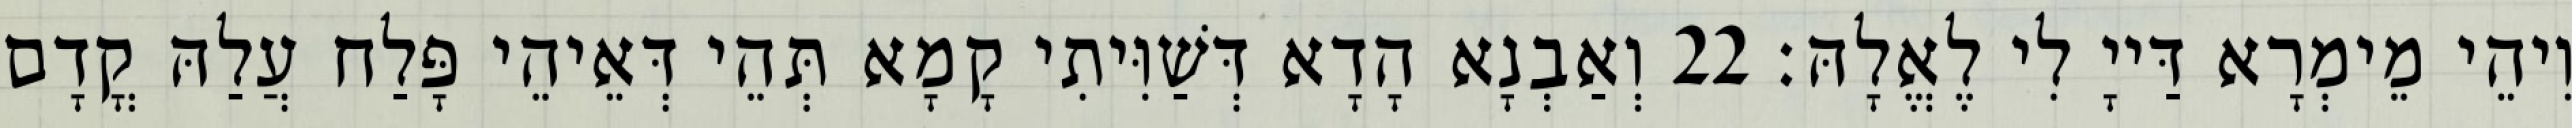
וִיהֵי מֵימְרָא דַּייָ לִי לֶאֱלָהּ׃ 22 וְאַבְנָא הָדָא דְּשַׁוִּיתִי קָמָא תְּהֵי דְּאֵיהֵי פָּלַח עֲלַהּ קֳדָם